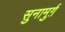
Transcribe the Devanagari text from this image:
सुनामुर्ग़